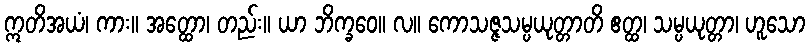
ဣတိအယံ၊ ကား။ အတ္ထော၊ တည်း။ ယာ ဘိက္ခဝေ။ လ။ ကောသဇ္ဇသမ္ပယုတ္တာတိ ဧတ္ထ၊ သမ္ပယုတ္တာ၊ ဟူသော